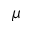
\boldsymbol { \mu }